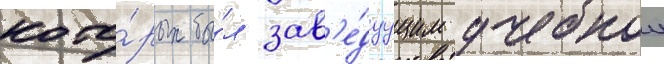
кото́рых бы́л зав'е́дуущим учебнои